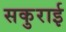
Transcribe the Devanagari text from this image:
सकुराई